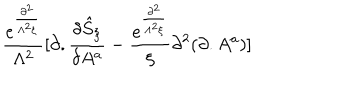
\frac { e ^ { \frac { \partial ^ { 2 } } { \Lambda ^ { 2 } \xi } } } { \Lambda ^ { 2 } } [ \partial . \frac { \delta { \hat { S } } _ { \xi } } { \delta A ^ { a } } - \frac { e ^ { \frac { \partial ^ { 2 } } { \Lambda ^ { 2 } \xi } } } { \xi } \partial ^ { 2 } ( \partial . A ^ { a } ) ]